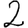
Digit: 2